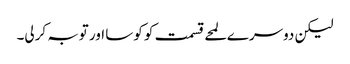
لیکن دوسرے لمحے قسمت کو کوسا اور توبہ کرلی۔